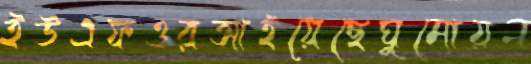
ইউএফওরআইয়েছেঘুমোয়ন